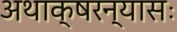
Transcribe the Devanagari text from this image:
अथाक्षरन्यासः